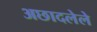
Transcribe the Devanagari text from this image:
अछादलेले